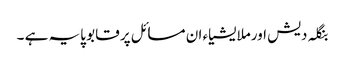
بنگلہ دیش اورملایشیاء ان مسائل پر قابو پایہ ہے ۔